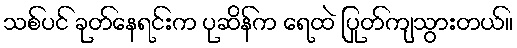
သစ်ပင် ခုတ်နေရင်းက ပုဆိန်က ရေထဲ ပြုတ်ကျသွားတယ်။